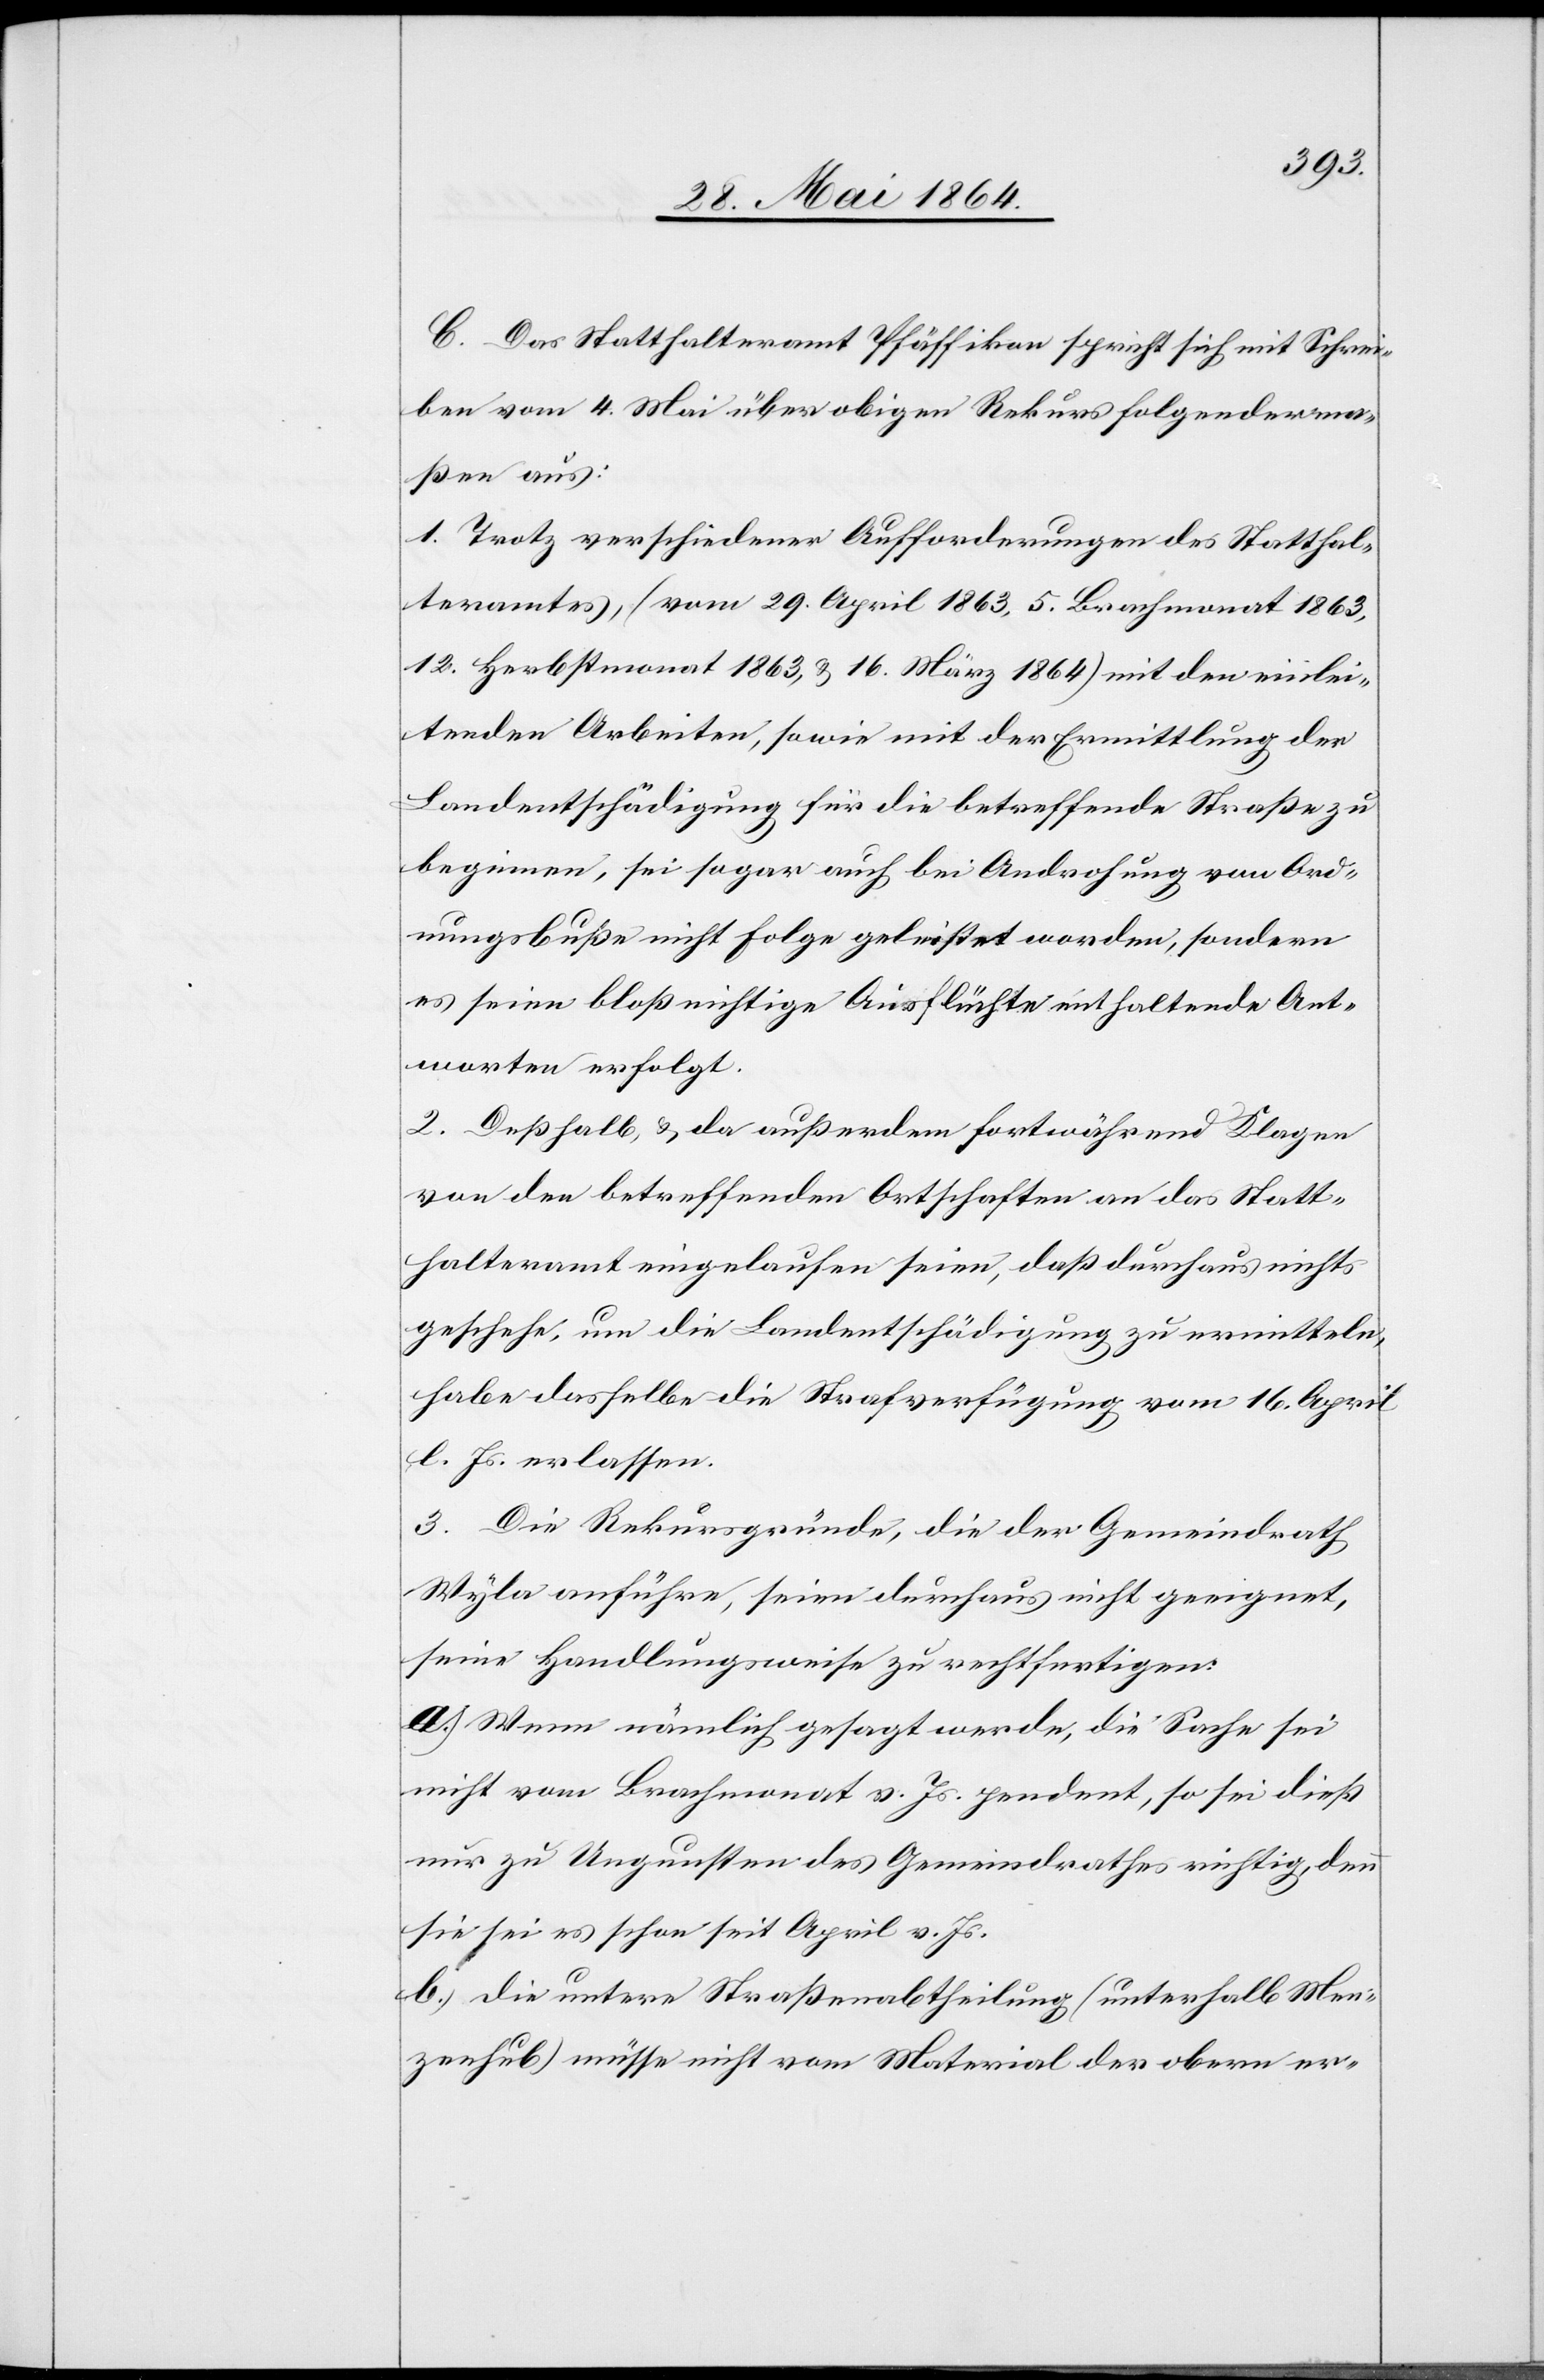
C. Das Statthalteramt Pfäffikon spricht sich mit Schrei¬
ben vom 4. Mai über obigen Rekurs folgenderma¬
ßen aus:
1. Trotz verschiedener Aufforderungen des Statthal¬
teramtes, (vom 29. April 1863, 5. Brachmonat 1863,
12. Herbstmonat 1863, u. 16. März 1864) mit den einlei¬
tenden Arbeiten, sowie mit der Ermittlung der
Landentschädigung für die betreffende Straße zu
beginnen, sei sogar auch bei Androhung von Ord¬
nungsbuße nicht Folge geleistet worden, sondern
es seien bloß nichtige Ausflüchte enthaltende Ant¬
worten erfolgt.
2. Deßhalb, u. da außerdem fortwährend Klagen
von den betreffenden Ortschaften an das Statt¬
halteramt eingelaufen seien, daß durchaus nichts
geschehe, um die Landentschädigung zu ermitteln,
habe dasselbe die Strafverfügung vom 16. April
l. Js. erlassen.
3. Die Rekursgründe, die der Gemeindrath
Wyla anführe, seien durchaus nicht geeignet,
seine Handlungsweise zu rechtfertigen.
a.) Wenn nämlich gesagt werde, die Sache sei
nicht vom Brachmonat v. Js. pendent, so sei dieß
nur zu Ungunsten des Gemeindrathes richtig, denn
sie sei es schon seit April v. Js.
b.) Die untere Straßenabtheilung (unterhalb Men¬
zenhub) müsse nicht vom Material der obern er-